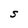
Character: S